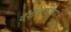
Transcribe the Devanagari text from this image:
देशसाठीच्या